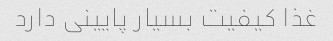
غذا کیفیت بسیار پایینی دارد